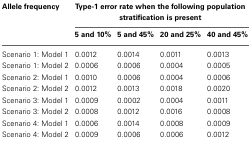
<table><thead><tr><td><b>Allele frequency</b></td><td colspan="4"><b>Type-1 error rate when the following population stratification is present</b></td></tr><tr><td></td><td><b>5 and 10%</b></td><td><b>5 and 45%</b></td><td><b>20 and 25%</b></td><td><b>40 and 45%</b></td></tr></thead><tbody><tr><td>Scenario 1: Model 1</td><td>0.0012</td><td>0.0014</td><td>0.0011</td><td>0.0013</td></tr><tr><td>Scenario 1: Model 2</td><td>0.0006</td><td>0.0006</td><td>0.0004</td><td>0.0005</td></tr><tr><td>Scenario 2: Model 1</td><td>0.0010</td><td>0.0006</td><td>0.0004</td><td>0.0006</td></tr><tr><td>Scenario 2: Model 2</td><td>0.0012</td><td>0.0013</td><td>0.0018</td><td>0.0020</td></tr><tr><td>Scenario 3: Model 1</td><td>0.0009</td><td>0.0002</td><td>0.0004</td><td>0.0011</td></tr><tr><td>Scenario 3: Model 2</td><td>0.0008</td><td>0.0012</td><td>0.0016</td><td>0.0008</td></tr><tr><td>Scenario 4: Model 1</td><td>0.0006</td><td>0.0014</td><td>0.0008</td><td>0.0009</td></tr><tr><td>Scenario 4: Model 2</td><td>0.0009</td><td>0.0006</td><td>0.0006</td><td>0.0012</td></tr></tbody></table>